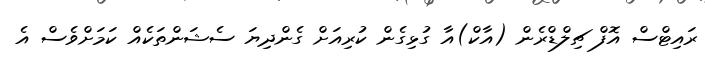
ރައިޓްސް އޮފް ޗިލްޑްރެން (އާކް)އާ ގުޅިގެން ކުރިއަށް ގެންދިޔަ ސެޝަންތަކެއް ކަމަށްވެސް އެ